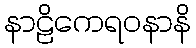
နာဠိကေရဝနာနိ